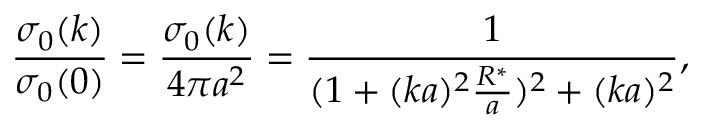
\frac { \sigma _ { 0 } ( k ) } { \sigma _ { 0 } ( 0 ) } = \frac { \sigma _ { 0 } ( k ) } { 4 \pi a ^ { 2 } } = \frac { 1 } { ( 1 + ( k a ) ^ { 2 } \frac { R ^ { * } } { a } ) ^ { 2 } + ( k a ) ^ { 2 } } ,